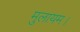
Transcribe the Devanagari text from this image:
मुलायम।